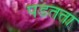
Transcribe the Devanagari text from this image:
पडतता